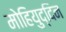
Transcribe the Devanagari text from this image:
मोहियुद्दिन